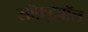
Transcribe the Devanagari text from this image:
सॉफ़्टबॉल